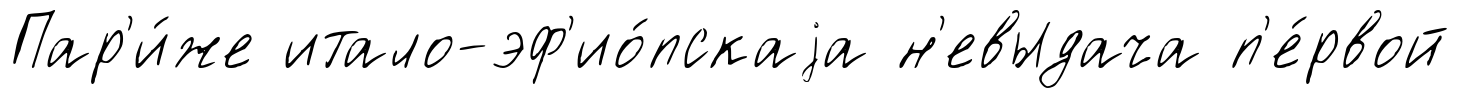
Пар'и́же итало-эф'ио́пскаjа н'евыдача п'е́рвой